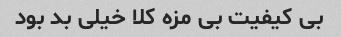
بی کیفیت بی مزه کلا خیلی بد بود